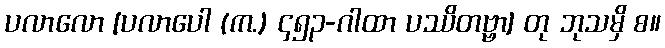
ပလာလော [ပလာပေါ (က.) ၄၅၃-ဂါထာ ပဿိတဗ္ဗာ] တု ဘုသမှိ စ။